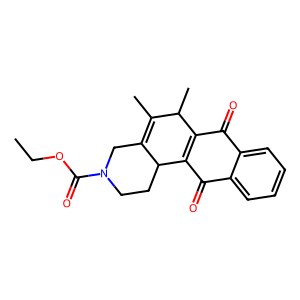
SMILES: CCOC(=O)N1CCC2C(=C(C)C(C)C3=C2C(=O)c2ccccc2C3=O)C1
Inhibits HIV replication: No